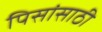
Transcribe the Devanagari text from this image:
पिसांसाठी